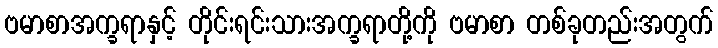
ဗမာစာအက္ခရာနှင့် တိုင်းရင်းသားအက္ခရာတို့ကို ဗမာစာ တစ်ခုတည်းအတွက်